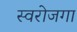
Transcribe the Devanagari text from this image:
स्‍वरोजगा